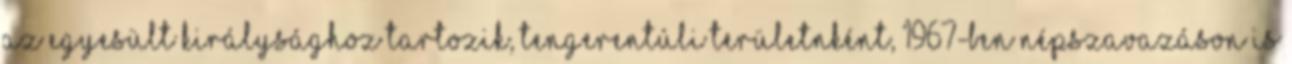
az Egyesült Királysághoz tartozik, tengerentúli területnként, 1967-ben népszavazáson is